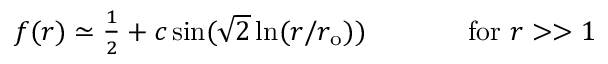
\begin{array} { c c } { { f ( r ) \simeq \textstyle { \frac { 1 } { 2 } } + c \sin ( \sqrt { 2 } \ln ( r / r _ { \mathrm { { o } } } ) ) ~ ~ ~ ~ } } & { { ~ ~ ~ ~ \mathrm { f o r } ~ r > > 1 } } \end{array}